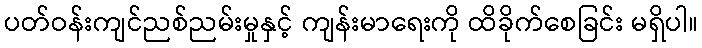
ပတ်ဝန်းကျင်ညစ်ညမ်းမှုနှင့် ကျန်းမာရေးကို ထိခိုက်စေခြင်း မရှိပါ။